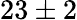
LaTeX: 23\pm 2